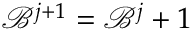
\mathcal { B } ^ { j + 1 } = \mathcal { B } ^ { j } + 1